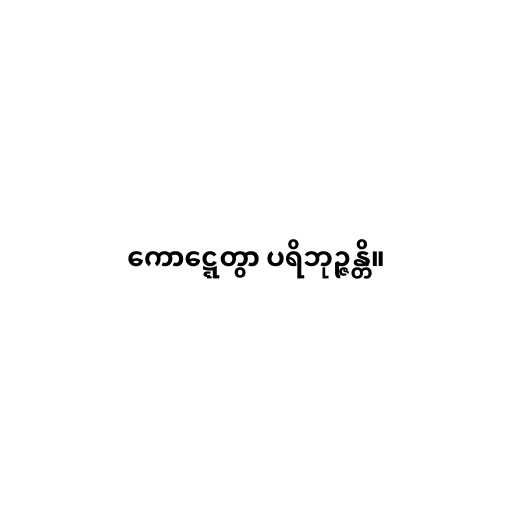
ကောဋ္ဋေတွာ ပရိဘုဉ္ဇန္တိ။